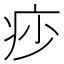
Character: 𤵌